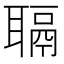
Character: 𫆋